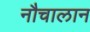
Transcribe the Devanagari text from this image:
नौचालान